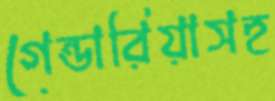
গেন্ডারিয়াসহ